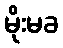
မိုးမခ